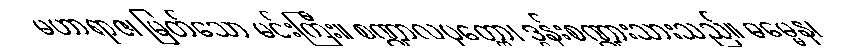
မဟာရာဇ၊ မြတ်သော မင်းကြီး။ စဏ္ဍာလပုတ္တော၊ ဒွန်းစဏ္ဍားသားသည်။ ဓမ္မေန၊